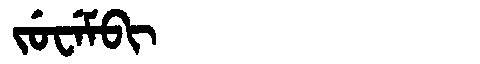
Manchu: ᠵᡠᠸᡝᠮᠪᡳ
Romanization: JUWEMBI